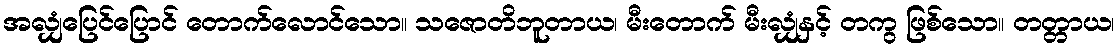
အလျှံပြေင်ပြောင် တောက်လောင်သော။ သဇောတိဘူတာယ၊ မီးတောက် မီးလျှံနှင့် တကွ ဖြစ်သော။ တတ္တာယ၊